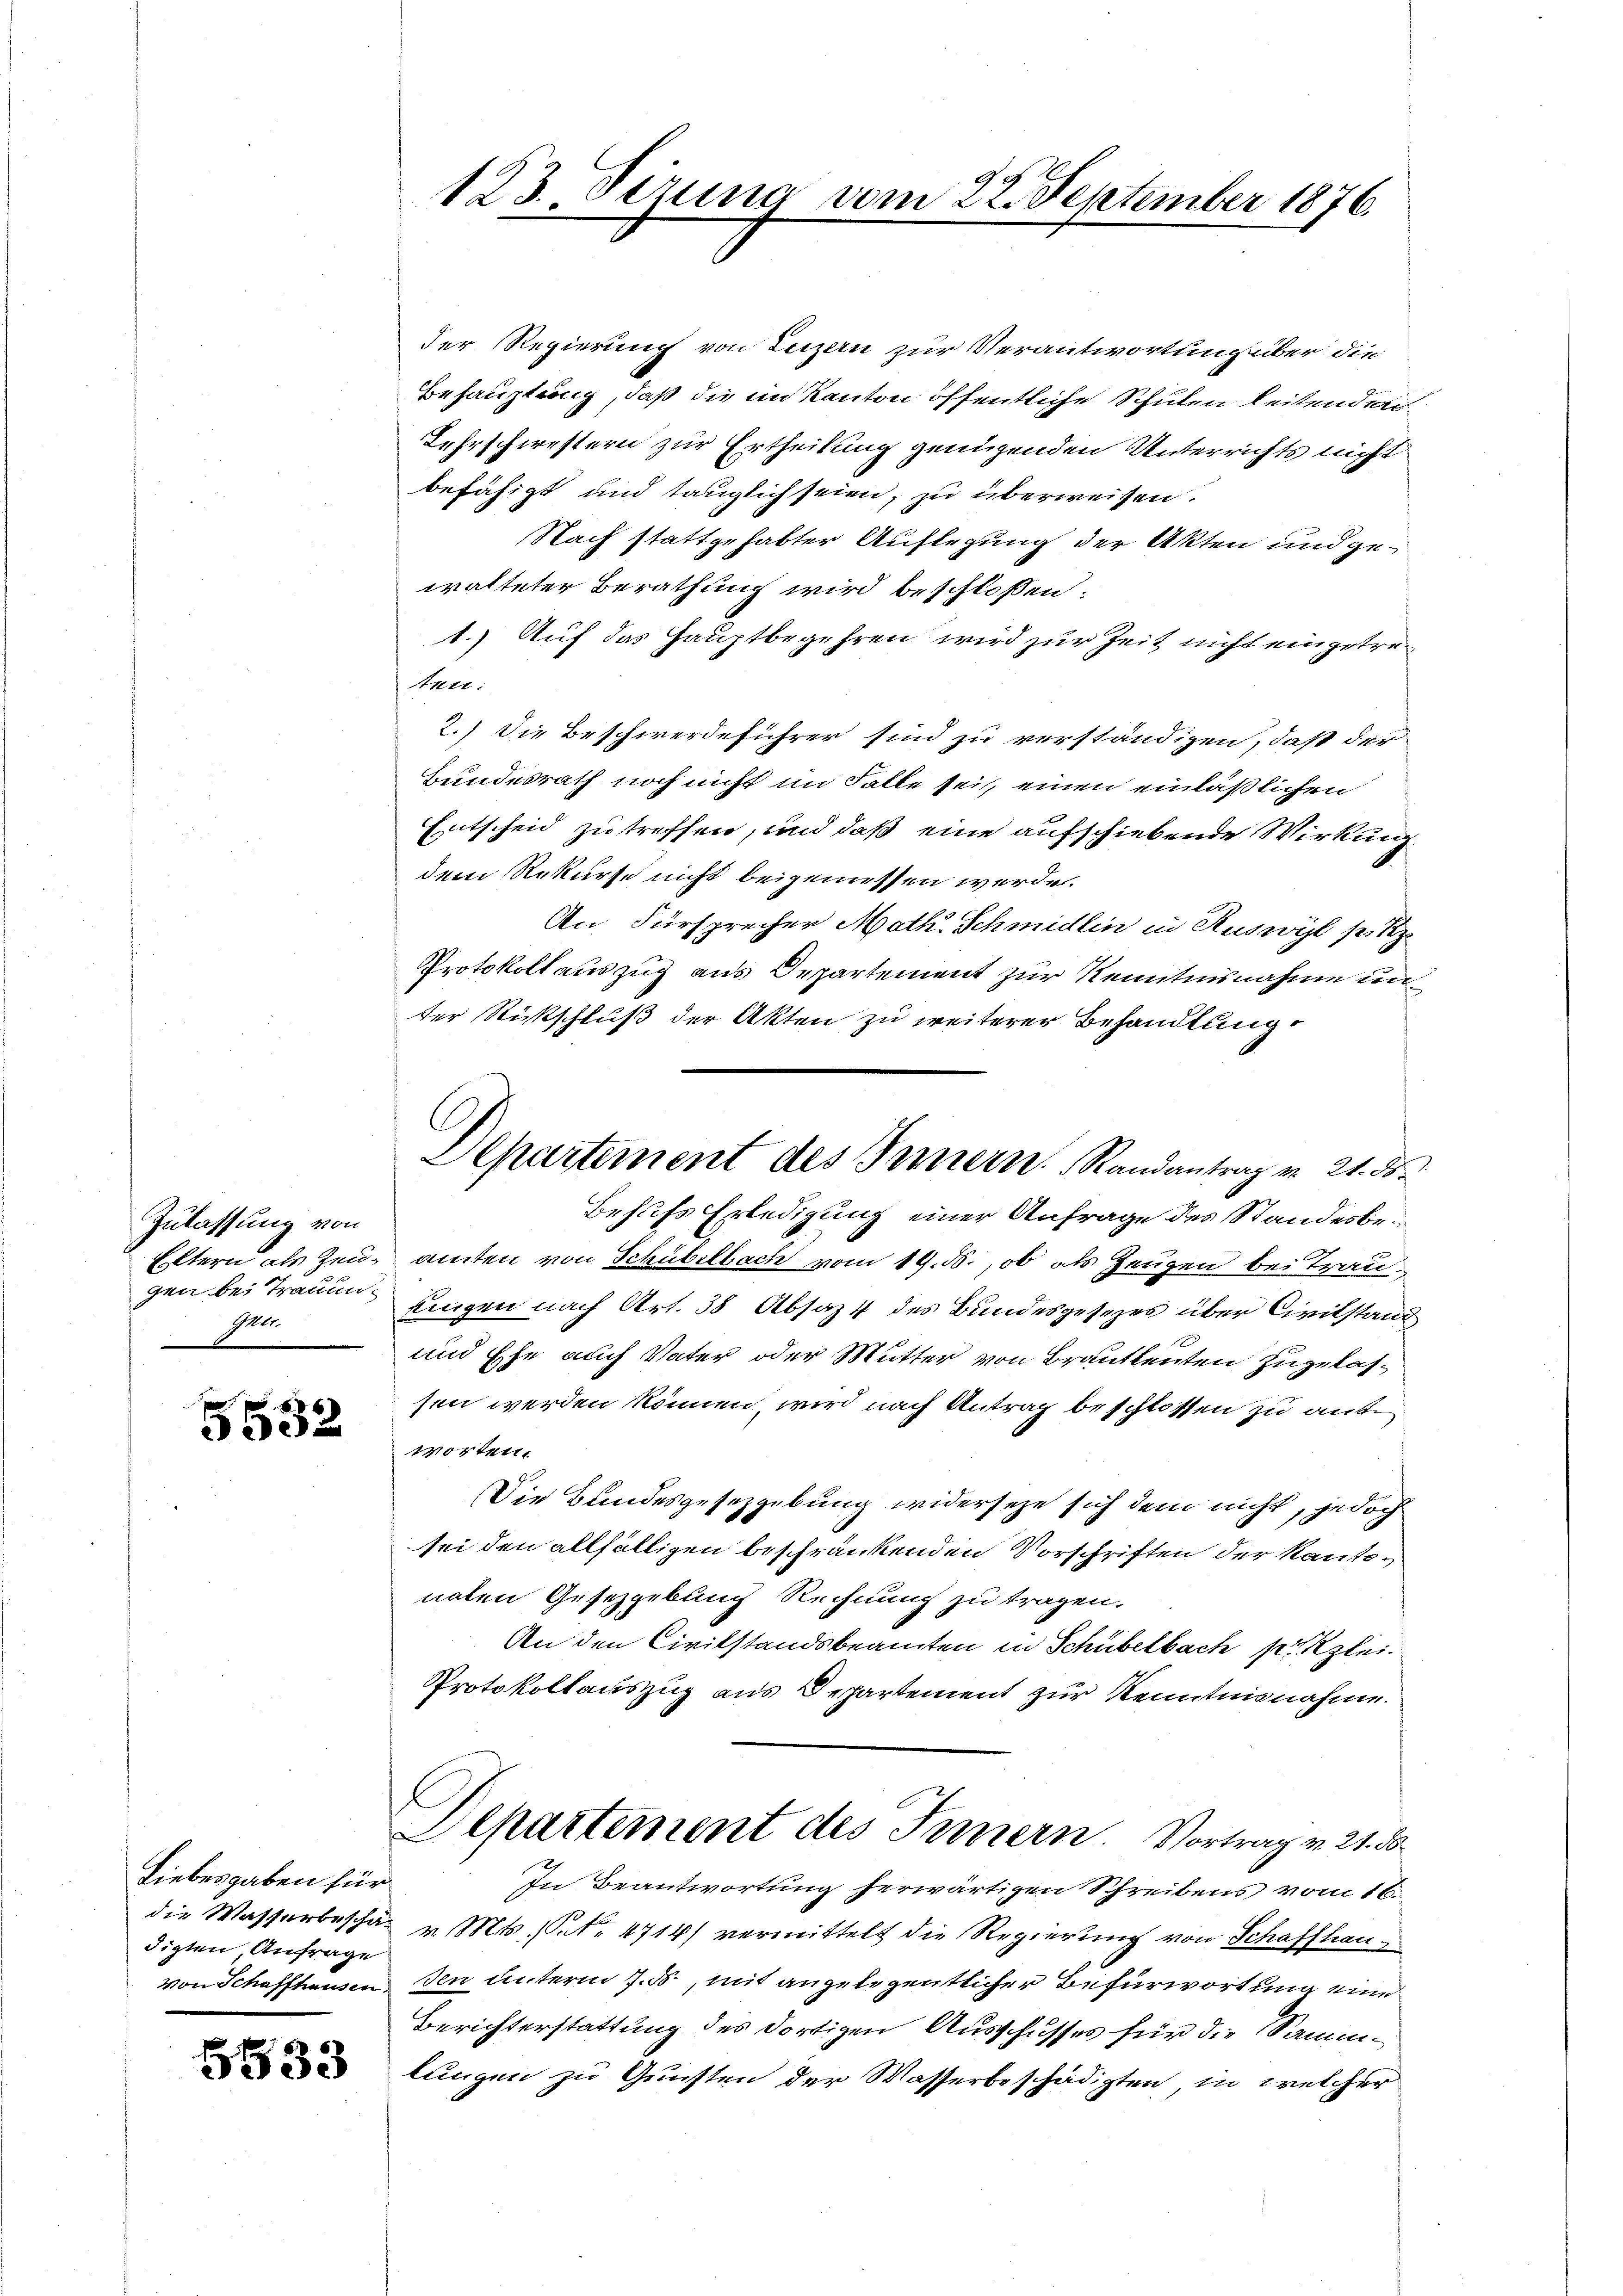
Zulassung von
Eltern als Zeugen bei Trauen.
gen

5532

Liebesgaben für
die Wasserbeschä-
digten Anfrage
Von Schaffhausen.

5533

123. Dezung vom 22. September 1876.

der Regierung von Luzern zur Verantwortung über die
Behauptung, daß die im Kanton öffentliche Schulen leitenden
Lehrschwestern zur Ertheilung genügenden Unterrichts nicht
befähigt und tauglich seien, zu überweisen.
Nach stattgehabter Auflegung der Akten und gewalteter Berathung wird beschlossen:
1.) Auf das Hauptbegehren wird zur Zeit nicht eingetreten:
2.) Die Beschwerdeführer sind zu verständigen, daß der
Bundesrath noch nicht im Falle sei, einen einläßlichen
Entscheid zu treffen, und daß eine aufschiebende Wirkung
dem Rekurse nicht beigemessen werde.
An Fürsprecher Math. Schmidlin in Ruswyl setz
Protokollauszug aus Departement zur Kenntnisnahme un
ter Rückschluß der Akten zu weiterer Behandlung
Behufs Erledigung einer Anfrage des Standesbeamten von Schübelbach vom 19. ds., ob als Zeugen bei Traufingen nach Art. 38 Absaz 4 des Bundesgesezes über Civilstand
und Ehe auch Vater oder Mutter von Brautleuten zugelassen werden können, wird nach Antrag beschlossen zu ante
worten.
Die Bundesgesetzgebung widersehe sich dem nicht, jedoch
sei den allfälligen beschränkenden Vorschriften der Kantonaten Gesetzgebung Rechnung zu tragen.
An den Civilstandsbeamten in Schübelbach pr Klei¬
Protokollauszug aus Departement zur Kenntnisnahme.
l
Departement des Innern. Vortrag v. 21. 30.
In Beantwortung herwärtigen Schreibens vom 16.
v. Mts. S. 4714) vermittelt die Regierung von Schaffhau
Ien unterm 7. B., mit angelegentlicher Befürwortung eine
Berichterstattung des dortigen Ausschusses für die Sammlungen zu Gunsten der Wasserbeschädigten in welcher

Departement des Innern. Randantrag v. 21. ds.